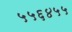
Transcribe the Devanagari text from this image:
५५६४५५